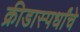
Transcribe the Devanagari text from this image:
क्रीडास्पर्धांचे